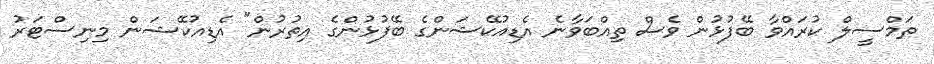
ތަމްސީލް ކުރައްވާ ބޭފުޅުން ވެސް ތިއްބަވާނެ އެޑިއުކޭޝަންގެ ބޭފުޅުންގެ އިތުރުން" އެޑިއުކޭޝަން މިނިސްޓަރު